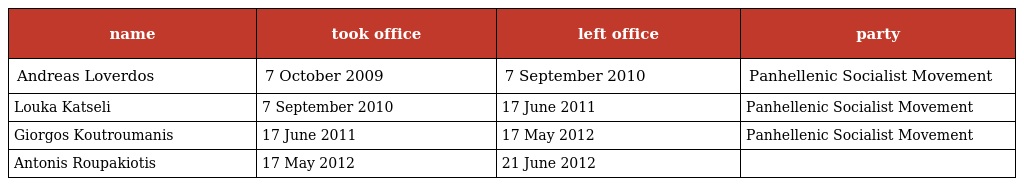
| name | took office | left office | party |
 | --- | --- | --- | --- |
 | Andreas Loverdos | 7 October 2009 | 7 September 2010 | Panhellenic Socialist Movement |
 | Louka Katseli | 7 September 2010 | 17 June 2011 | Panhellenic Socialist Movement |
 | Giorgos Koutroumanis | 17 June 2011 | 17 May 2012 | Panhellenic Socialist Movement |
 | Antonis Roupakiotis | 17 May 2012 | 21 June 2012 |  |